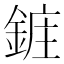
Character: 𮢔